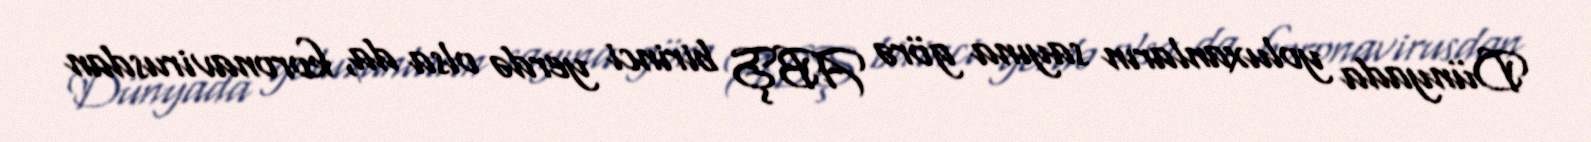
Dünyada yoluxanların sayına görə ABŞ birinci yerdə olsa da, koronavirusdan